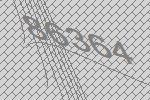
86364